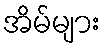
အိမ်များ